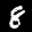
Label: 8